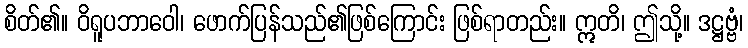
စိတ်၏။ ဝိရူပဘာဝေါ၊ ဖောက်ပြန်သည်၏ဖြစ်ကြောင်း ဖြစ်ရာတည်း။ ဣတိ၊ ဤသို့။ ဒဋ္ဌဗ္ဗံ၊